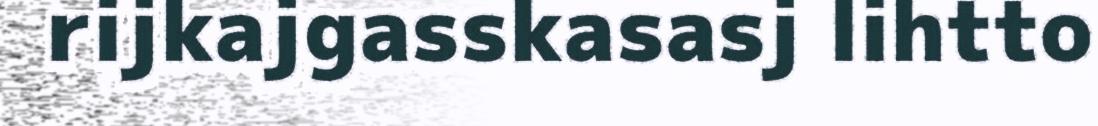
rijkajgasskasasj lihtto